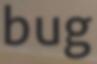
bug